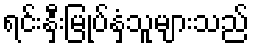
ရင်းနှီးမြုပ်နှံသူများသည်